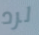
لرد